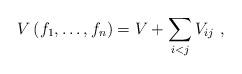
LaTeX: \begin{align*}V\left( f_{1}, \dots, f_{n}\right) =V+\sum_{i<j}V_{ij}\ , \end{align*}